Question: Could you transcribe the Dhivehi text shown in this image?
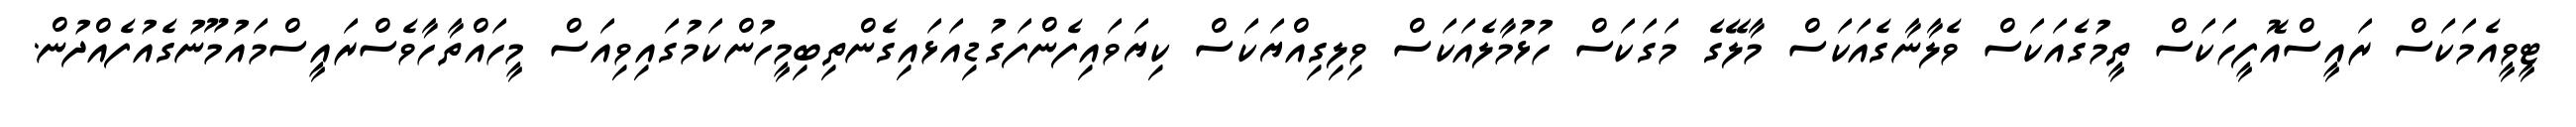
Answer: ޓީވީއެމަކަސް ރައީސްއޮފީހަކަސް ތީމުގެއަކަސް ވެލާނާގެއަކަސް މާލޭގެ މަގަކަސް ހުޅުމާލެއަކަސް ވިލިގިއްޔަކަސް ކިޔަވައިފެންފަގުޑިއަޅައިގެންތިބިމީހުންކަމުގައިވިއަސް މީހައްތާހާވެސްރައީސްމައުމޫނުގެއުފެއްދުން.